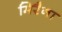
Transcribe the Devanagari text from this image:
मिरैना